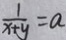
\frac { 1 } { x + y } = a